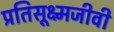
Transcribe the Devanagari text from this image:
प्रतिसूक्ष्मजीवी